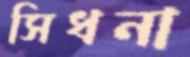
সিধনা